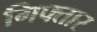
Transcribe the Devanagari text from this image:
गिफ्तार